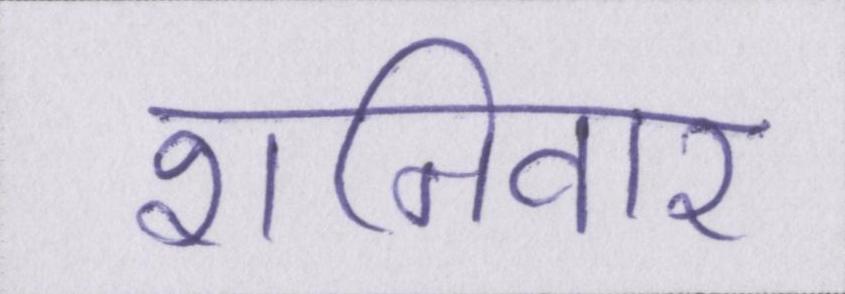
शनिवार